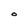
Character: O